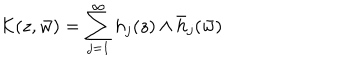
{ \cal K } ( z , \bar { w } ) = \sum _ { j = 1 } ^ { \infty } h _ { j } ( z ) \wedge \bar { h } _ { j } ( \bar { w } )